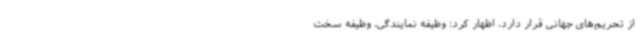
از تحریم‌های جهانی قرار دارد، اظهار کرد: وظیفه نمایندگی، وظیفه سخت